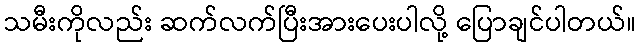
သမီးကိုလည်း ဆက်လက်ပြီးအားပေးပါလို့ ပြောချင်ပါတယ်။